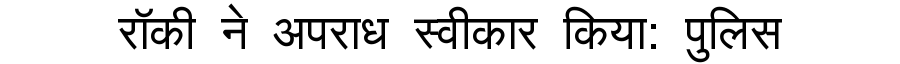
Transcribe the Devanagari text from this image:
राॅकी ने अपराध स्वीकार किया: पुलिस